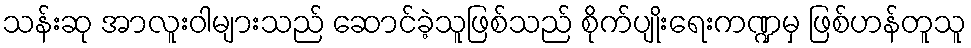
သန်းဆု အာလူးဝါများသည် ဆောင်ခဲ့သူဖြစ်သည် စိုက်ပျိုးရေးကဏ္ဍမှ ဖြစ်ဟန်တူသူ